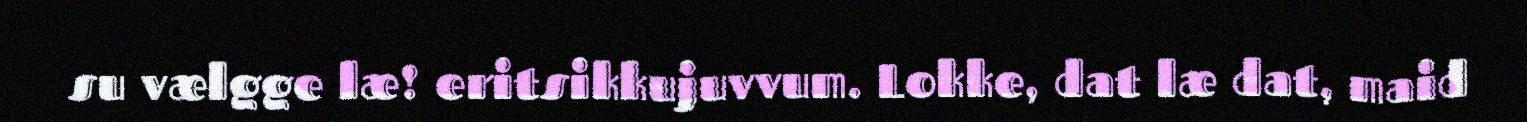
su vælgge læ! eritsikkujuvvum. Lokke, dat læ dat, maid